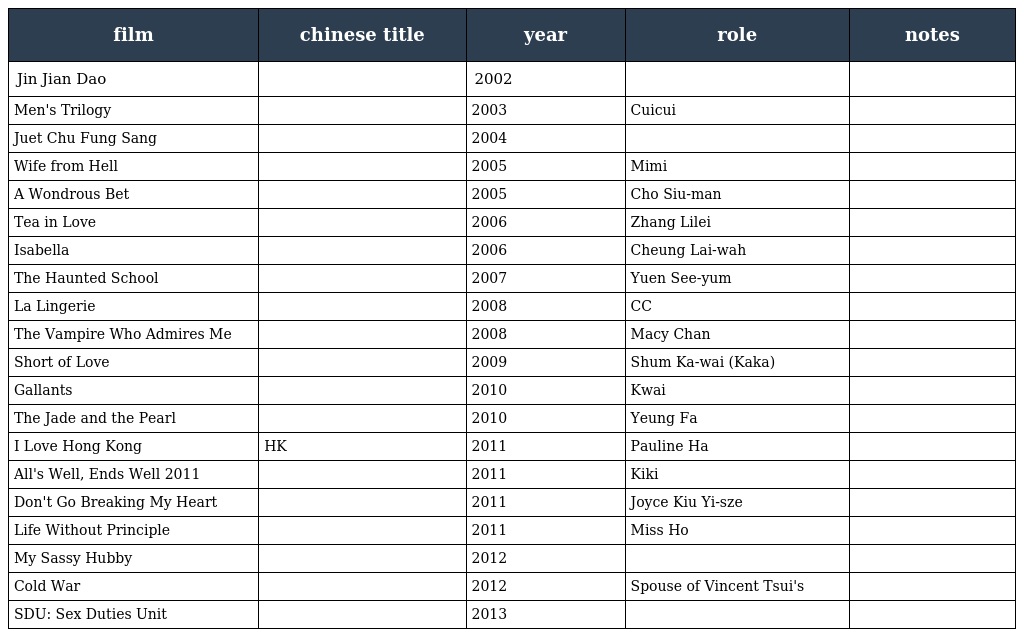
| film | chinese title | year | role | notes |
 | --- | --- | --- | --- | --- |
 | Jin Jian Dao | 金剪刀 | 2002 |  |  |
 | Men's Trilogy | 男人三部曲 | 2003 | Cuicui |  |
 | Juet Chu Fung Sang | 絕處逢生 | 2004 |  |  |
 | Wife from Hell | 妻骨未寒 | 2005 | Mimi |  |
 | A Wondrous Bet | 魔幻賭船 | 2005 | Cho Siu-man |  |
 | Tea in Love | 茶色生香 | 2006 | Zhang Lilei |  |
 | Isabella | 伊莎貝拉 | 2006 | Cheung Lai-wah |  |
 | The Haunted School | 校墓處 | 2007 | Yuen See-yum |  |
 | La Lingerie | 內衣少女 | 2008 | CC |  |
 | The Vampire Who Admires Me | 有隻僵屍暗戀你 | 2008 | Macy Chan |  |
 | Short of Love | 矮仔多情 | 2009 | Shum Ka-wai (Kaka) |  |
 | Gallants | 打擂台 | 2010 | Kwai |  |
 | The Jade and the Pearl | 翡翠明珠 | 2010 | Yeung Fa |  |
 | I Love Hong Kong | 我愛HK開心萬歲 | 2011 | Pauline Ha |  |
 | All's Well, Ends Well 2011 | 最強囍事 | 2011 | Kiki |  |
 | Don't Go Breaking My Heart | 單身男女 | 2011 | Joyce Kiu Yi-sze |  |
 | Life Without Principle | 奪命金 | 2011 | Miss Ho |  |
 | My Sassy Hubby | 我老公不靠譜 | 2012 |  |  |
 | Cold War | 寒戰 | 2012 | Spouse of Vincent Tsui's |  |
 | SDU: Sex Duties Unit | 飛虎出征 | 2013 |  |  |